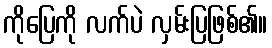
ကိုပြေကို လက်ပဲ လှမ်းပြဖြစ်၏။